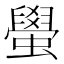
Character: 𬠰